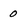
Character: 0